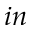
i n